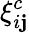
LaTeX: \xi_{i\mathbf{j}}^{c}